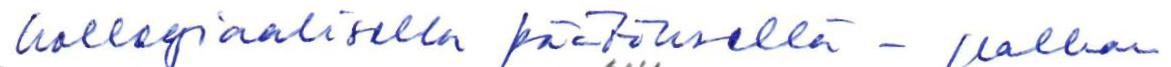
kollegiaalisella päätöksellä - palkan